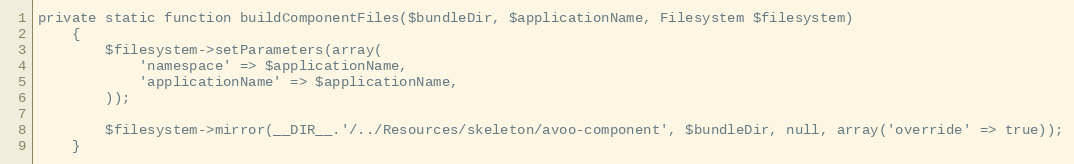
Language: PHP
private static function buildComponentFiles($bundleDir, $applicationName, Filesystem $filesystem)
    {
        $filesystem->setParameters(array(
            'namespace' => $applicationName,
            'applicationName' => $applicationName,
        ));

        $filesystem->mirror(__DIR__.'/../Resources/skeleton/avoo-component', $bundleDir, null, array('override' => true));
    }